Medical and sanitary report of the native army of Bengal for the year
Year: 1878
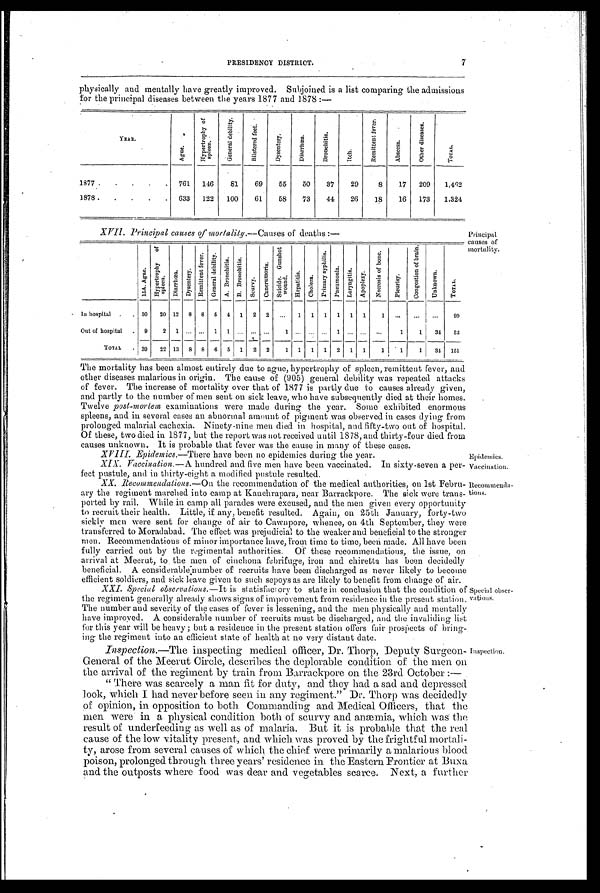
Epidemics.
Vaccination.
Recommenda-
tions.
PRESIDENCY DISTRICT. 7
physically and mentally have greatly improved. Subjoined is a list comparing the admissions
for the principal diseases between the years 1877 and 1878 :—
YEAR.
A g u e .
H y p e r t r o p h y o f
s p l e e n .
G e n e r a l d e b i l i t y .
B l i s t e r e d f e e t .
D y s e n t e r y .
D i a r r h œ a .
B r o n c h i t i s .
I t c h .
R e m i t t e n t f e v e r .
A b s c e s s .
O t h e r d i s e a s e s .
T O T A L .
1877 .
.
.
.
.
761
146
81
69
55
50
37
29
8
17
209
1,462
1878.
.
.
.
633
122
100
61
58
73
44
26
18
16
173
1,324
XVII. Principal causes of mortality.— Causes of deaths :—
1 5 A . A g u e .
H y p e r t r o p h y o f s p l e e n .
D i a r r h œ a .
D y s e n t e r y .
R e m i t t e n t f e v e r .
G e n e r a l d e b i l i t y .
A . B r o n c h i t i s . B . B r o n c h i t i s .
S c u r v y .
C a n c r u m o r i s .
S u i c i d e . G u n s h o t
wound.
H e p a t i t i s .
C h o l e r a .
P r i m a r y s y p h i l i s .
P n e u m o n i a .
L a r y n g i t i s . A p o p l e x y .
N e c r o s i s o f b o n e .
P l e u r i s y .
C o n g e s t i o n o f b r a i n .
U n k n o w n .
T O T A L .
In hospital .
. 30
20 12 8 8 5 4 1 2 2
...
1 1 1 1 1 1
1
...
...
...
99
Out of hospital . 9
2 1 ... ... 1 1 ... ... ...
1
. . . . . .
. . . 1
. . .
. . .
. . .
1
1
34
52
TOTAL
• 39
22 13 8 8 6 5 1 2 2
1 1 1 1 2 1 1
1
1
1
34 151
The mortality has been almost entirely due to ague, hypertrophy of spleen, remittent fever, and
other diseases malarious in origin. The cause of (905) general debility was repeated attacks
of fever. The increase of mortality over that of 1877 is partly due to causes already given
and partly to the number of men sent on sick leave, who have subsequently died at their homes
Twelve post-mortem examinations were made during the year. Some exhibited enormous
spleens, and in several cases an abnormal amount of pigment was observed in cases dying from
prolonged malarial cachexia. Ninety-nine men died in hospital, and fifty-two out of hospital
Of these, two died in 1877, but the report was not received until 1878, and thirty-four died from
causes unknown. It is probable that fever was the cause in many of these cases.
XVIII. Epidemics.—There have been no epidemics during the year.
XIX. Vaccination. —A hundred and five men have been vaccinated. In sixty-seven a per-
fect pustule, and in thirty-eight a modified pustule resulted.
XX. Recommendations. —On the recommendation of the medical authorities, on 1st Febru-
ary the regiment marched into camp at Kanchrapara, near Barrackpore. The sick were trans-
ported by rail. While in camp all parades were excused, and the men given every opportunity
to recruit their health. Little, if any, benefit resulted. Again, on 25th January, forty-two
sickly men were sent for change of air to Cawnpore, whence, on 4th September, they were
transferred to Moradabad. The effect was prejudicial to the weaker and beneficial to the stronger
men. Recommendations of minor importance have, from time to time, been made. All have been
fully carried out by the regimental authorities. Of these recommendations, the issue, on
arrival at Meerut, to. the men of cinchona febrifuge, iron and chiretta has been decidedly
beneficial. A considerable number of recruits have been discharged as never likely to become
efficient soldiers, and sick leave given to such sepoys as are likely to benefit from change of air.
XXI. Special observations. —It is statisfactory to state in conclusion that the condition of
the regiment generally already shows signs of improvement from residence in the present station.
The number and severity of the cases of fever is lessening, and the men physically and mentally
have improved. A considerable number of recruits must be discharged, and the invaliding list
for this year will be heavy ; but a residence in the present station offers fair prospects of bring-
ing the regiment into an efficient state of health at no very distant date.
Inspection. —The inspecting medical officer, Dr. Thorp, Deputy Surgeon-
General of the Meerut Circle, describes the deplorable condition of the men on
the arrival of the regiment by train from Barrackpore on the 23rd October :—
"There was scarcely a man fit for duty, and they had a sad and depressed
look, which I had never before seen in any regiment." Dr. Thorp was decidedly
of opinion, in opposition to both Commanding and Medical Officers, that the
men were in a physical condition both of scurvy and anæmia, which was the
result of underfeeding as well as of malaria. But it is probable that the real
cause of the low vitality present, and which was proved by the frightful mortali-
ty, arose from several causes of which the chief were primarily a malarious blood
poison, prolonged through three years' residence in the Eastern Frontier at Buxa
and the outposts where food was dear and vegetables scarce. Next, a further
Principal
causes of
mortality.
Special obser-
vations.
Inspection.